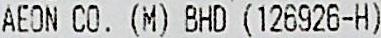
AEON CO. (M) BHD (126926-H)